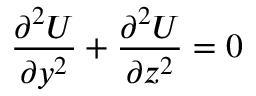
{ \frac { \partial ^ { 2 } U } { \partial y ^ { 2 } } } + { \frac { \partial ^ { 2 } U } { \partial z ^ { 2 } } } = 0